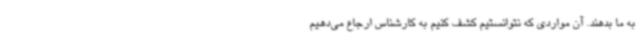
به ما بدهند. آن مواردی که نتوانستیم کشف کنیم به کارشناس ارجاع می‌دهیم